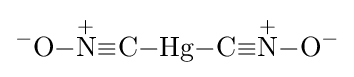
{\ce {{}^{-}O-{\overset {+}{N}}#C-Hg-C#{\overset {+}{N}}-O^{-}}}